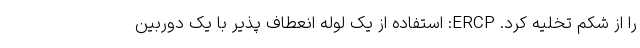
را از شکم تخلیه کرد. ERCP: استفاده از یک لوله انعطاف پذیر با یک دوربین